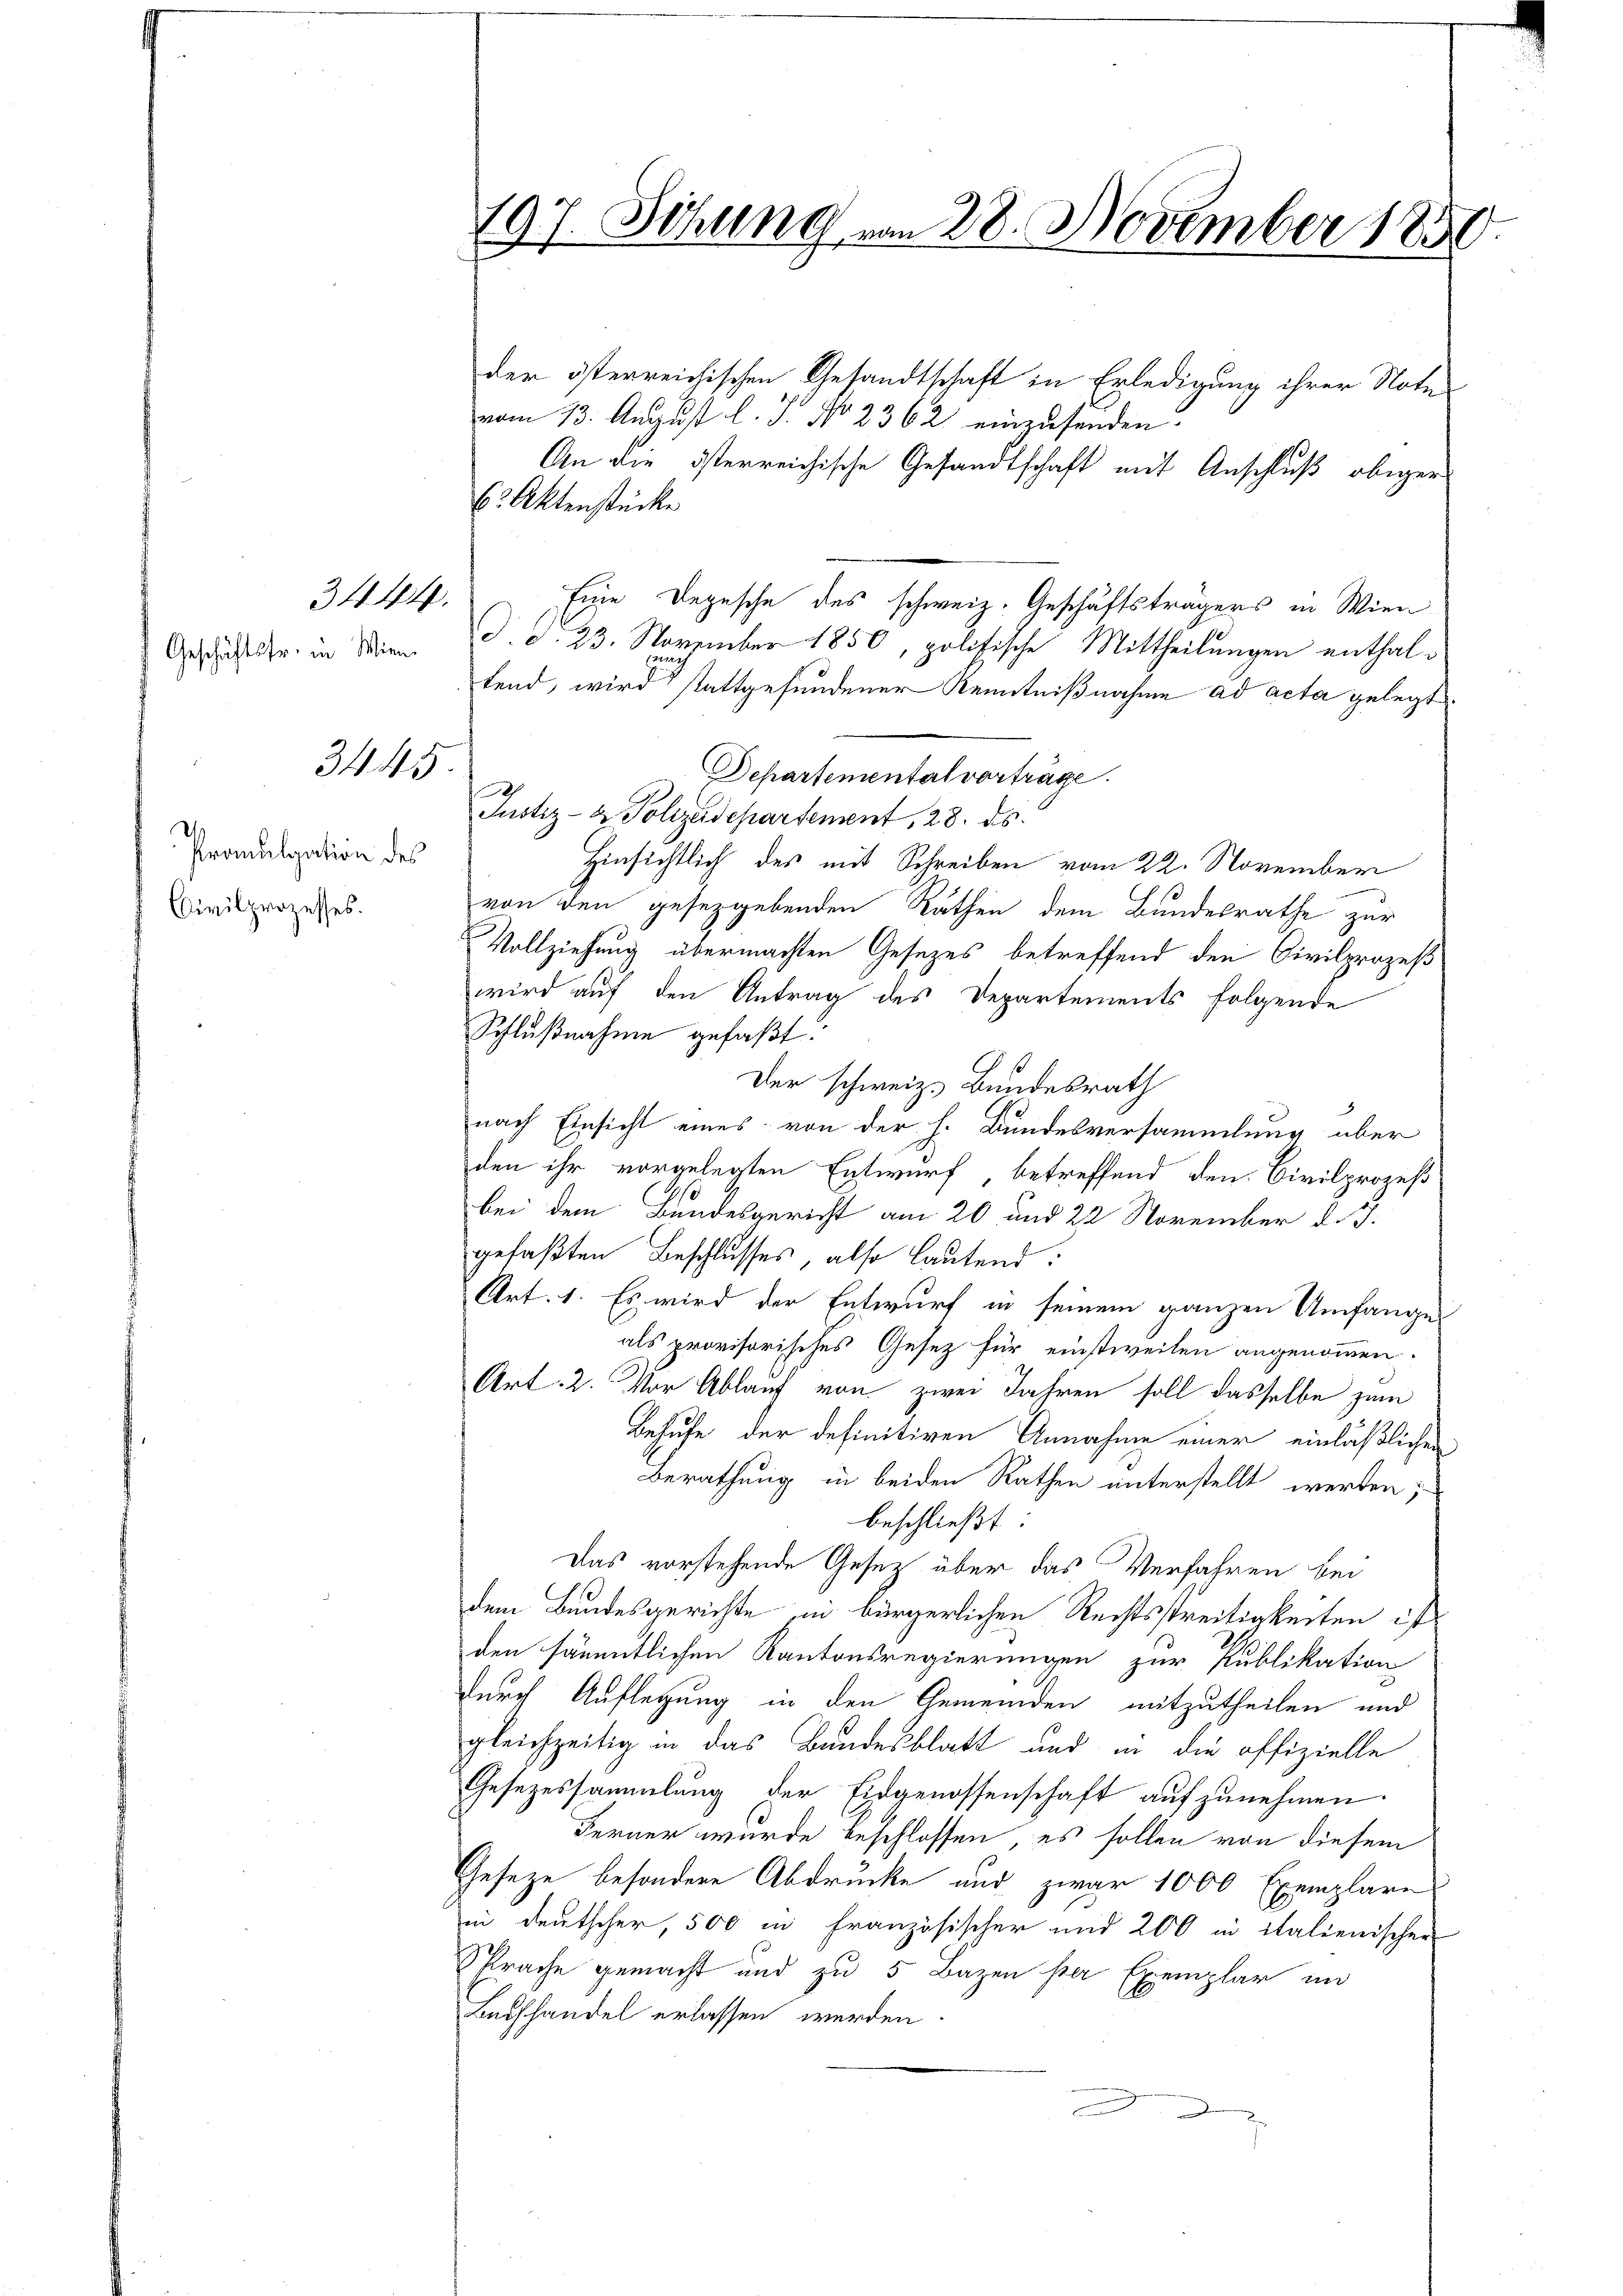
Geschäftsfr. in Wien.

34. 44.

3445.

Promulgation des
Civilprozesses.

797. Sitzung vom 28. November 1850

der österreichischen Gesandtschaft in Erledigung ihrer Note
vom 13. August l. J. No 2362 einzusenden
An die österreichische Gesandtschaft mit Anschluß obiger
6. Aktenstücke
Eine Depesche des schweiz. Geschäftsträgers in Wien
d. d. 23. November 1850, politische Mittheilungen enthaltend, wird stattgefundener Kenntnißnahme ad acta gelegt.
Departemental vorträge.
Justiz- & Polizadepartement, 28. ds.
Hinsichtlich des mit Schreiben vom 22. November
von den gesetzgebenden Rathen dem Bundesrathe zur
Vollziehung übermachten Gesezes betreffend den Civilprozeß
wird auf den Antrag des Departements folgende
Schlußnahme gefaßt.
Der schweiz. Bundesrath
nach Einsicht eines von der h. Bundesversammlung über
den ihr vorgelegten Entwurf, betreffend den Civilprozeß
bei dem Bundesgericht am 20 und 22 November d. J.
gefaßten Beschlusses, also lautend:
Art. 1. Es wird der Entwurf in seinem ganzen Umfange
als provisorisches Gesetz für einstweilen angenommen.
Art. 2. Vor Ablauf von zwei Jahren soll dasselbe zum
Behufe der definitiven Annahme einer einläßlichen
Berathung in beiden Rathen unterstellt werden;
beschließt:
Das vorstehende Gesetz über das Verfahren bei
dem Bundesgerichte in bürgerlichen Rechtsstreitigkeiten ist
den sämmtlichen Kantonsregierungen zur Publikation
durch Auflegung in den Gemeinden mitzutheilen und
gleichzeitig in das Bundesblatt und in die offizielle
Gesezessammlung der Eidgenossenschaft aufzunehmen.
Ferner wurde beschlossen, es sollen von diesem
Geseze besondere Abdrucke und zwar 1000 Exemplare
in Deutscher, 500 in Französischer und 200 in italienischen
Sprache gemacht und zu 5 Bazen ster Exemplar im
Buchhandel erlassen werden.